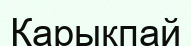
Қарықпай